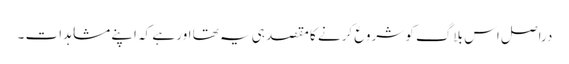
دراصل اس بلاگ کو شروع کرنے کا مقصد ہی یہ تھا اور ہے کہ اپنے مشاہدات ۔